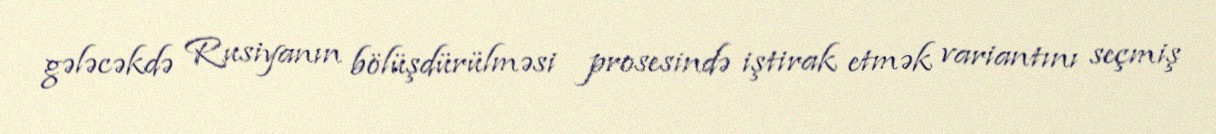
gələcəkdə Rusiyanın bölüşdürülməsi prosesində iştirak etmək variantını seçmiş